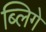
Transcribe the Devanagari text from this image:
ब्लिगे